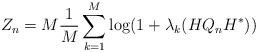
LaTeX: \begin{align*}Z_n = M \frac{1}{M} \sum_{k=1}^M \log(1+\lambda_k(HQ_nH^*))\end{align*}